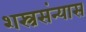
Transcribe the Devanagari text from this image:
शस्त्रसंन्यास